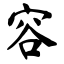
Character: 容